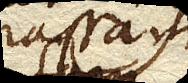
crassam